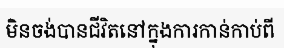
មិនចង់បានជីវិតនៅក្នុងការកាន់កាប់ពី